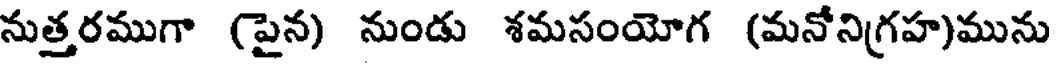
నుత్తరముగా (పైన) నుండు శమసంయోగ (మనోనిగ్రహ)మును